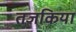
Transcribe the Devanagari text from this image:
तजकिया